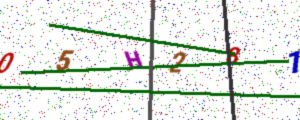
Text: 05H281